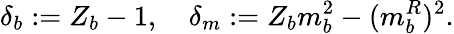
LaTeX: \delta_{b}:=Z_{b}-1,\quad\delta_{m}:=Z_{b}m_{b}^{2}-(m_{b}^{R})^{2}.